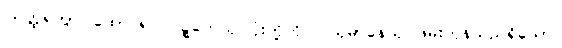
ဩတ္ထရိတွာ၊ ထောင်၍။ ဝဋ္ဋကေသု၊ ငုံးတို့ကို။ ဂယှမာနေသု၊ ဖမ်းကုန်သည်ရှိသော်။